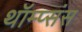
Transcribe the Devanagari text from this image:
थॉम्प्संस